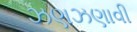
ઝણઝણાવી